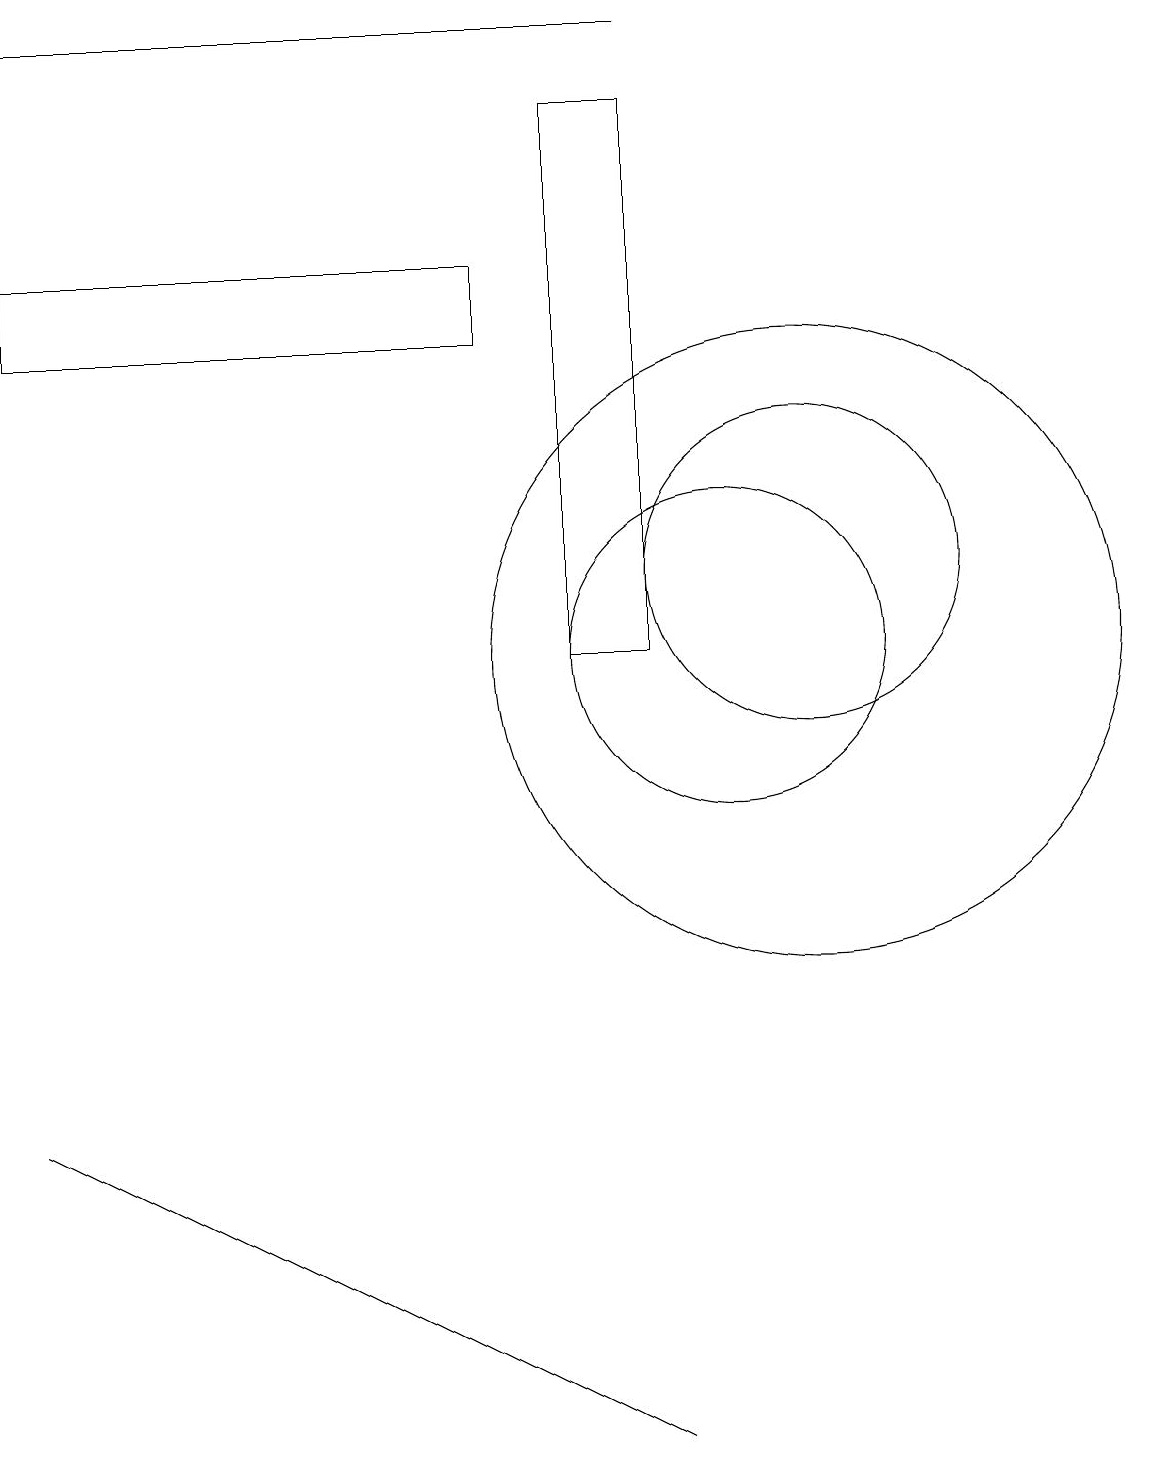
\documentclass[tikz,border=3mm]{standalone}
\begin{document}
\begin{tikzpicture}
\draw (1,18) rectangle (9,18);
\draw (10,10) circle (2);
\draw (11,10) circle (4);
\draw (7,15) rectangle (1,14);
\draw (9,0) -- (5,2) -- (1,4) -- cycle;
\draw (11,11) circle (2);
\draw (9,10) rectangle (8,17);
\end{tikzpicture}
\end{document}